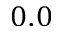
0 . 0